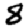
Digit: 8